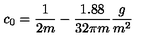
c _ { 0 } = \frac { 1 } { 2 m } - \frac { 1 . 8 8 } { 3 2 \pi m } \frac { g } { m ^ { 2 } }